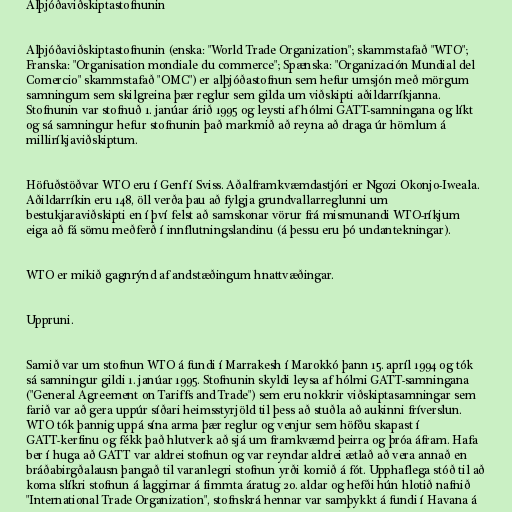
Alþjóðaviðskiptastofnunin

Alþjóðaviðskiptastofnunin (enska: "World Trade Organization"; skammstafað "WTO";
Franska: "Organisation mondiale du commerce"; Spænska: "Organización Mundial del
Comercio" skammstafað "OMC") er alþjóðastofnun sem hefur umsjón með mörgum
samningum sem skilgreina þær reglur sem gilda um viðskipti aðildarríkjanna.
Stofnunin var stofnuð 1. janúar árið 1995 og leysti af hólmi GATT-samningana og líkt
og sá samningur hefur stofnunin það markmið að reyna að draga úr hömlum á
milliríkjaviðskiptum.

Höfuðstöðvar WTO eru í Genf í Sviss. Aðalframkvæmdastjóri er Ngozi Okonjo-Iweala.
Aðildarríkin eru 148, öll verða þau að fylgja grundvallarreglunni um
bestukjaraviðskipti en í því felst að samskonar vörur frá mismunandi WTO-ríkjum
eiga að fá sömu meðferð í innflutningslandinu (á þessu eru þó undantekningar).

WTO er mikið gagnrýnd af andstæðingum hnattvæðingar.

Uppruni.

Samið var um stofnun WTO á fundi í Marrakesh í Marokkó þann 15. apríl 1994 og tók
sá samningur gildi 1. janúar 1995. Stofnunin skyldi leysa af hólmi GATT-samningana
("General Agreement on Tariffs and Trade") sem eru nokkrir viðskiptasamningar sem
farið var að gera uppúr síðari heimsstyrjöld til þess að stuðla að aukinni fríverslun.
WTO tók þannig uppá sína arma þær reglur og venjur sem höfðu skapast í
GATT-kerfinu og fékk það hlutverk að sjá um framkvæmd þeirra og þróa áfram. Hafa
ber í huga að GATT var aldrei stofnun og var reyndar aldrei ætlað að vera annað en
bráðabirgðalausn þangað til varanlegri stofnun yrði komið á fót. Upphaflega stóð til að
koma slíkri stofnun á laggirnar á fimmta áratug 20. aldar og hefði hún hlotið nafnið
"International Trade Organization", stofnskrá hennar var samþykkt á fundi í Havana á